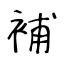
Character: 補